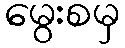
မွေးစမှ